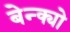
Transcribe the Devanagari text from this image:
बेन्क्यो